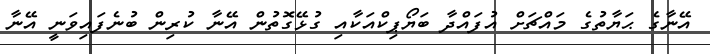
އޭނާގެ ޙަޔާތުގެ މައްޗަށް އުފައްދާ ބަޔޯޕިކްއަކާއި ގުޅޭގޮތުން އޭނާ ކުރިން ބުނެފައިވަނީ އޭނާ